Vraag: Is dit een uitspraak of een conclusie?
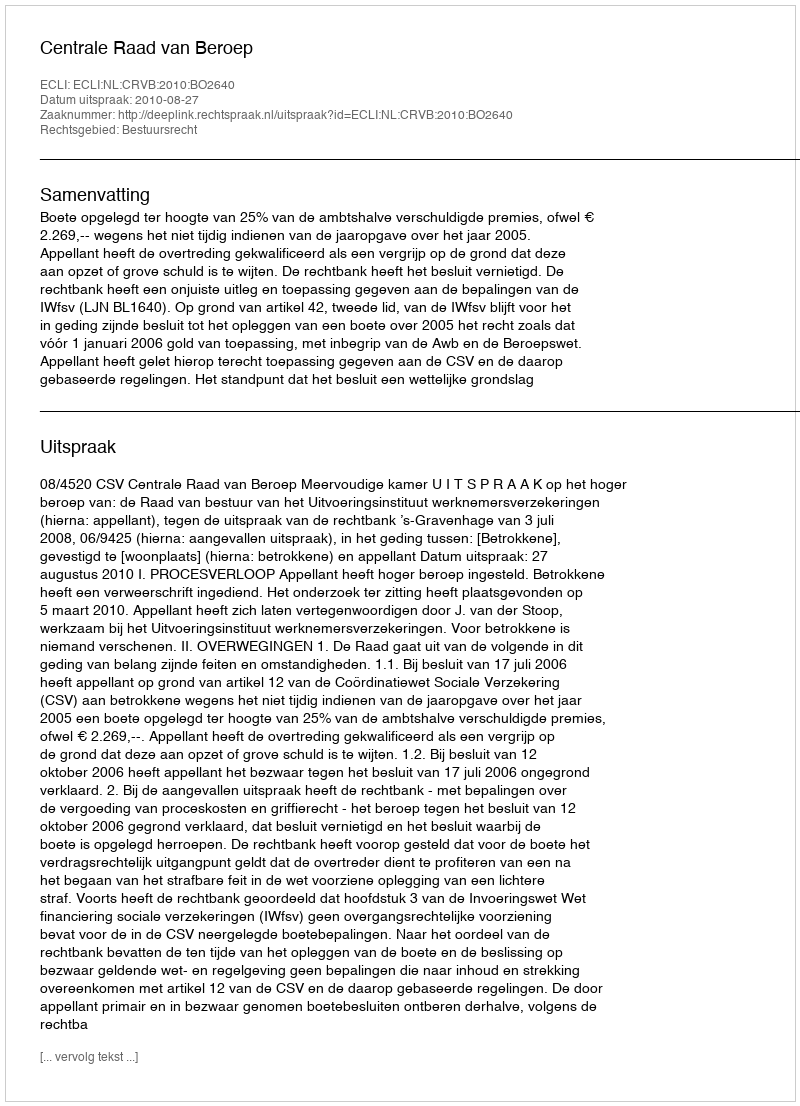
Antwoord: Uitspraak